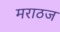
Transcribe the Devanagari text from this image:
मराठज